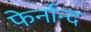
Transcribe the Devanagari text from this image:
फेर्नान्द